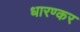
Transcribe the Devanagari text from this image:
धारण्कर